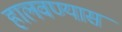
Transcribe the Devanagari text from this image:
हालवण्यास